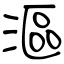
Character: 漚